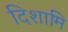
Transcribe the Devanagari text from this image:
दिशामि